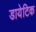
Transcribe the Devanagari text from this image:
डायेटिक